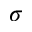
\sigma